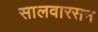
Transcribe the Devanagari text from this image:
सालवारसन